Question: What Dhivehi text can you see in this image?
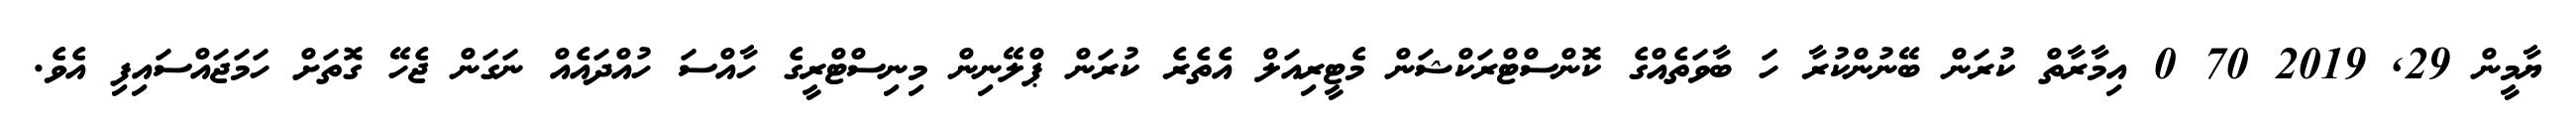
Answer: ޔާމީން 29, 2019 70 0 އިމާރާތް ކުރަން ބޭނުންކުރާ ހަ ބާވަތެއްގެ ކޮންސްޓްރަކްޝަން މެޓީރިއަލް އެތެރެ ކުރަން ޕްލޭނިން މިނިސްޓްރީގެ ހާއްސަ ހުއްދައެއް ނަގަން ޖެހޭ ގޮތަށް ހަމަޖައްސައިފި އެވެ.